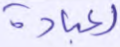
لعباده